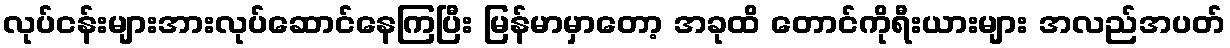
လုပ်ငန်းများအားလုပ်ဆောင်နေကြပြီး မြန်မာမှာတော့ အခုထိ တောင်ကိုရီးယားများ အလည်အပတ်